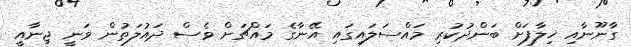
ގާނޫނާއި ޚިލާފަށް ބަންދުކުރި މައްސަލައިގައި އޭނާގެ މައްޗަށް ވެސް ދައުލަތުން ވަނީ ޖިނާއީ